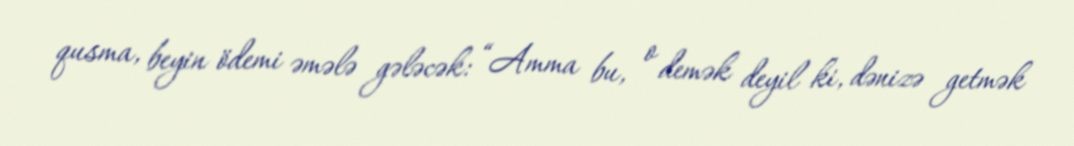
qusma, beyin ödemi əmələ gələcək: “Amma bu, o demək deyil ki, dənizə getmək